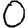
Digit: 0